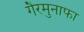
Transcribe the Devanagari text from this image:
गैरमुनाफा